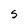
Character: S